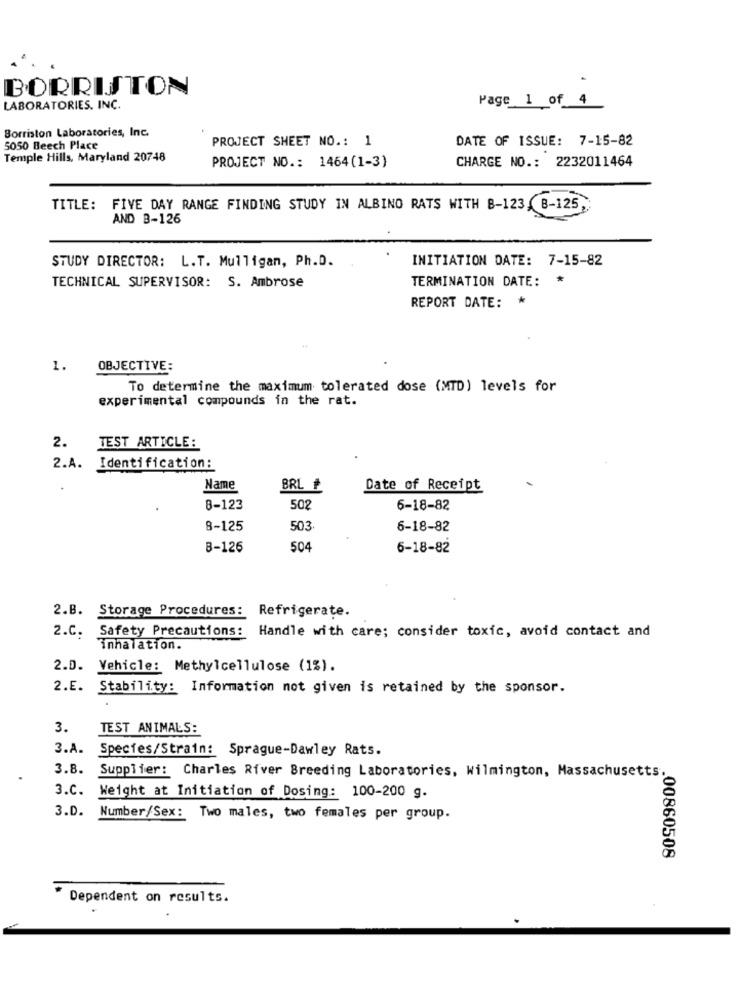
BORRISTON
Page 1 of 4
LABORATORIES. INC.
Borriston Laboratories, Inc.
PROJECT SHEET NO .: 1
DATE OF ISSUE: 7-15-82
5050 Beech Place
Temple Hills, Maryland 20748
CHARGE NO .: 2232011464
PROJECT NO .: 1464(1-3)
TITLE: FIVE DAY RANGE FINDING STUDY IN ALBINO RATS WITH 8-123, B-125,
AND 3-126
INITIATION DATE: 7-15-82
STUDY DIRECTOR: L.T. Mulligan, Ph.D.
TECHNICAL SUPERVISOR: S. Ambrose
TERMINATION DATE: *
REPORT DATE: *
44
1.
OBJECTIVE:
To determine the maximum tolerated dose (MTD) levels for
experimental compounds in the rat.
2.
TEST ARTICLE:
2.A.
Identification:
Name
BRL f
Date of Receipt
8-123
502
6-18-82
8-125
503
6-18-82
8-126
504
6-18-82
2.B. Storage Procedures: Refrigerate.
2.C. Safety Precautions: Handle with care; consider toxic, avoid contact and
inhalation.
2.D. Vehicle: Methylcellulose (1%).
2.E. Stability: Information not given is retained by the sponsor.
3.
TEST ANIMALS:
3.A.
Species/Strain: Sprague-Dawley Rats.
3.8.
Supplier: Charles River Breeding Laboratories, Wilmington, Massachusetts
3.C.
Weight at Initiation of Dosing: 100-200 g.
3.D.
Number/Sex: Two males, two females per group.
.00860508
Dependent on results.